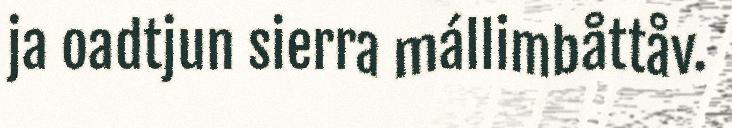
ja oadtjun sierra mállimbåttåv.